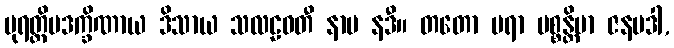
ပုရတ္ထိမဒက္ခိဏာယ ဒိသာယ သလဠဝတီ နာမ နဒီ။ တတော ပရာ ပစ္စန္တိမာ ဇနပဒါ,